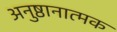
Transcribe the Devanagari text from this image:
अनुष्ठानात्मक